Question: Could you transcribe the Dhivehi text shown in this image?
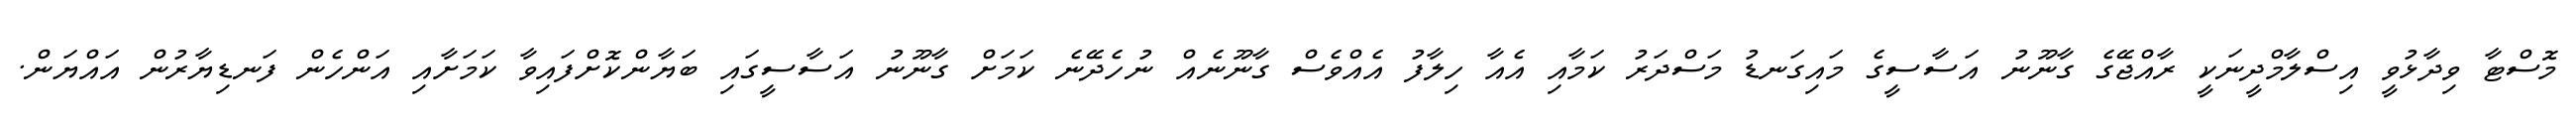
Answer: މޮސްޓާ ވިދާޅުވީ އިސްލާމްދީނަކީ ރާއްޖޭގެ ގާނޫނު އަސާސީގެ މައިގަނޑު މަސްދަރު ކަމާއި އެއާ ހިލާފު އެއްވެސް ގާނޫނެއް ނުހެދޭނެ ކަމަށް ގާނޫނު އަސާސީގައި ބަޔާންކޮށްފައިވާ ކަމަށާއި އަންހެން ފަނޑިޔާރުން އައްޔަން.